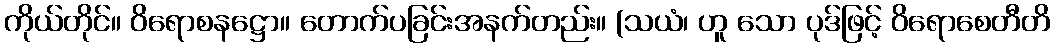
ကိုယ်တိုင်။ ဝိရောစနဋ္ဌော။ တောက်ပခြင်းအနက်တည်း။ (သယံ၊ ဟူ သော ပုဒ်ဖြင့် ဝိရောစေတီတိ